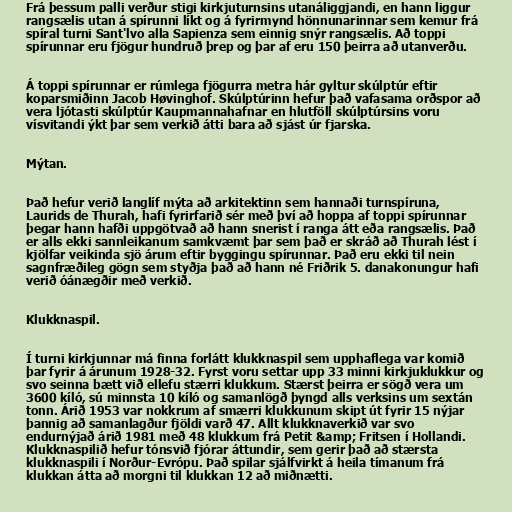
Frá þessum palli verður stigi kirkjuturnsins utanáliggjandi, en hann liggur
rangsælis utan á spírunni líkt og á fyrirmynd hönnunarinnar sem kemur frá
spíral turni Sant'lvo alla Sapienza sem einnig snýr rangsælis. Að toppi
spírunnar eru fjögur hundruð þrep og þar af eru 150 þeirra að utanverðu.

Á toppi spírunnar er rúmlega fjögurra metra hár gyltur skúlptúr eftir
koparsmiðinn Jacob Høvinghof. Skúlptúrinn hefur það vafasama orðspor að
vera ljótasti skúlptúr Kaupmannahafnar en hlutföll skúlptúrsins voru
vísvitandi ýkt þar sem verkið átti bara að sjást úr fjarska.

Mýtan.

Það hefur verið langlíf mýta að arkitektinn sem hannaði turnspíruna,
Laurids de Thurah, hafi fyrirfarið sér með því að hoppa af toppi spírunnar
þegar hann hafði uppgötvað að hann snerist í ranga átt eða rangsælis. Það
er alls ekki sannleikanum samkvæmt þar sem það er skráð að Thurah lést í
kjölfar veikinda sjö árum eftir byggingu spírunnar. Það eru ekki til nein
sagnfræðileg gögn sem styðja það að hann né Friðrik 5. danakonungur hafi
verið óánægðir með verkið.

Klukknaspil.

Í turni kirkjunnar má finna forlátt klukknaspil sem upphaflega var komið
þar fyrir á árunum 1928-32. Fyrst voru settar upp 33 minni kirkjuklukkur og
svo seinna bætt við ellefu stærri klukkum. Stærst þeirra er sögð vera um
3600 kíló, sú minnsta 10 kíló og samanlögð þyngd alls verksins um sextán
tonn. Árið 1953 var nokkrum af smærri klukkunum skipt út fyrir 15 nýjar
þannig að samanlagður fjöldi varð 47. Allt klukknaverkið var svo
endurnýjað árið 1981 með 48 klukkum frá Petit &amp; Fritsen í Hollandi.
Klukknaspilið hefur tónsvið fjórar áttundir, sem gerir það að stærsta
klukknaspili í Norður-Evrópu. Það spilar sjálfvirkt á heila tímanum frá
klukkan átta að morgni til klukkan 12 að miðnætti.